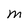
Character: M